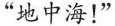
”地中海！”